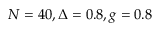
N = 4 0 , \Delta = 0 . 8 , g = 0 . 8